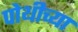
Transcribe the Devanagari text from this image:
पोथीच्या